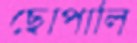
ছোপালি